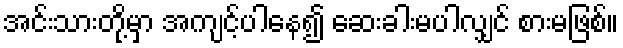
အင်းသားတို့မှာ အကျင့်ပါနေ၍ ဆေးခါးမပါလျှင် စားမဖြစ်။